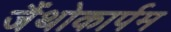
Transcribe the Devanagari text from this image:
जैंथोकार्पम